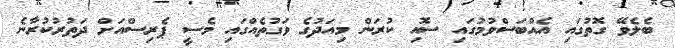
ބެލެވޭ ގޮތުގައި އެއްބަސްވުމުގައި ސޮއި ކުރަން މިއަދުގެ ވަގުތެއްގައި މެސީ ޕެރިސްއަށް ދަތުރުކުރާނެ